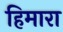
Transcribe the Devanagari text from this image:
हिमारा